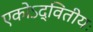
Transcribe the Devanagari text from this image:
एकोऽद्वितीयः